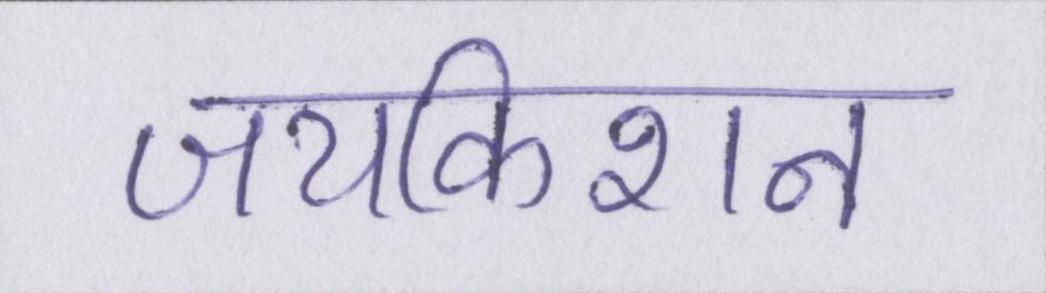
जयकिशन